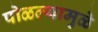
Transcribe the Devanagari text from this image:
पोळल्यामुळे